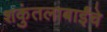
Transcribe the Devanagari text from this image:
शकुंतलाबाईंचे